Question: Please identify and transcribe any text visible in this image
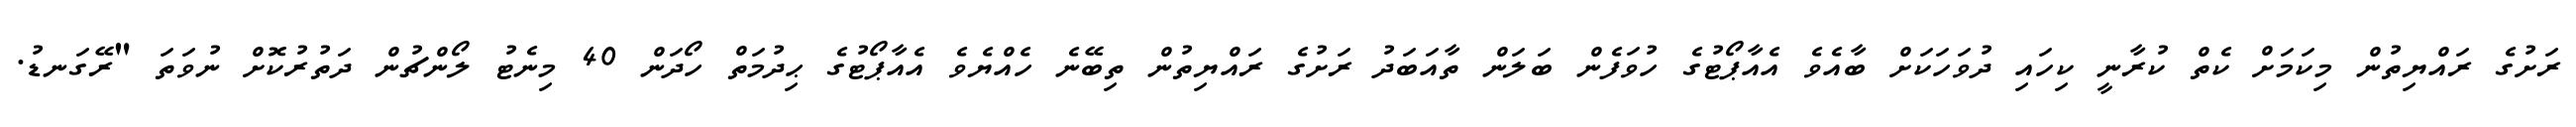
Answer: ރަށުގެ ރައްޔިތުން މިކަމަށް ކެތް ކުރާނީ ކިހައި ދުވަހަކަށް ބާއެވެ އެއާޕޯޓުގެ ހުވަފެން ބަލަން ތާއަބަދު ރަށުގެ ރައްޔިތުން ތިބޭނެ ހެއްޔެވެ އެއާޕޯޓުގެ ޙިދުމަތް ހޯދަން 40 މިނެޓު ލޯންޗުން ދަތުރުކޮށް ނުވަތަ "ރޭގަނޑު.